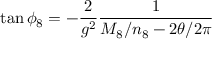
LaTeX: \tan \phi _ { 8 } = - { \frac { 2 } { g ^ { 2 } } } { \frac { 1 } { M _ { 8 } / n _ { 8 } - 2 \theta / 2 \pi } }